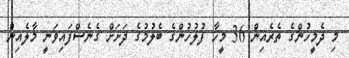
މި ދެމީހުންގެ ތެރެއިން 36 މީހާ ފުލުހުންގެ ބެލުމުގެ ދަށަށް ގެނެސްފައިވަނީ މާލެއިން